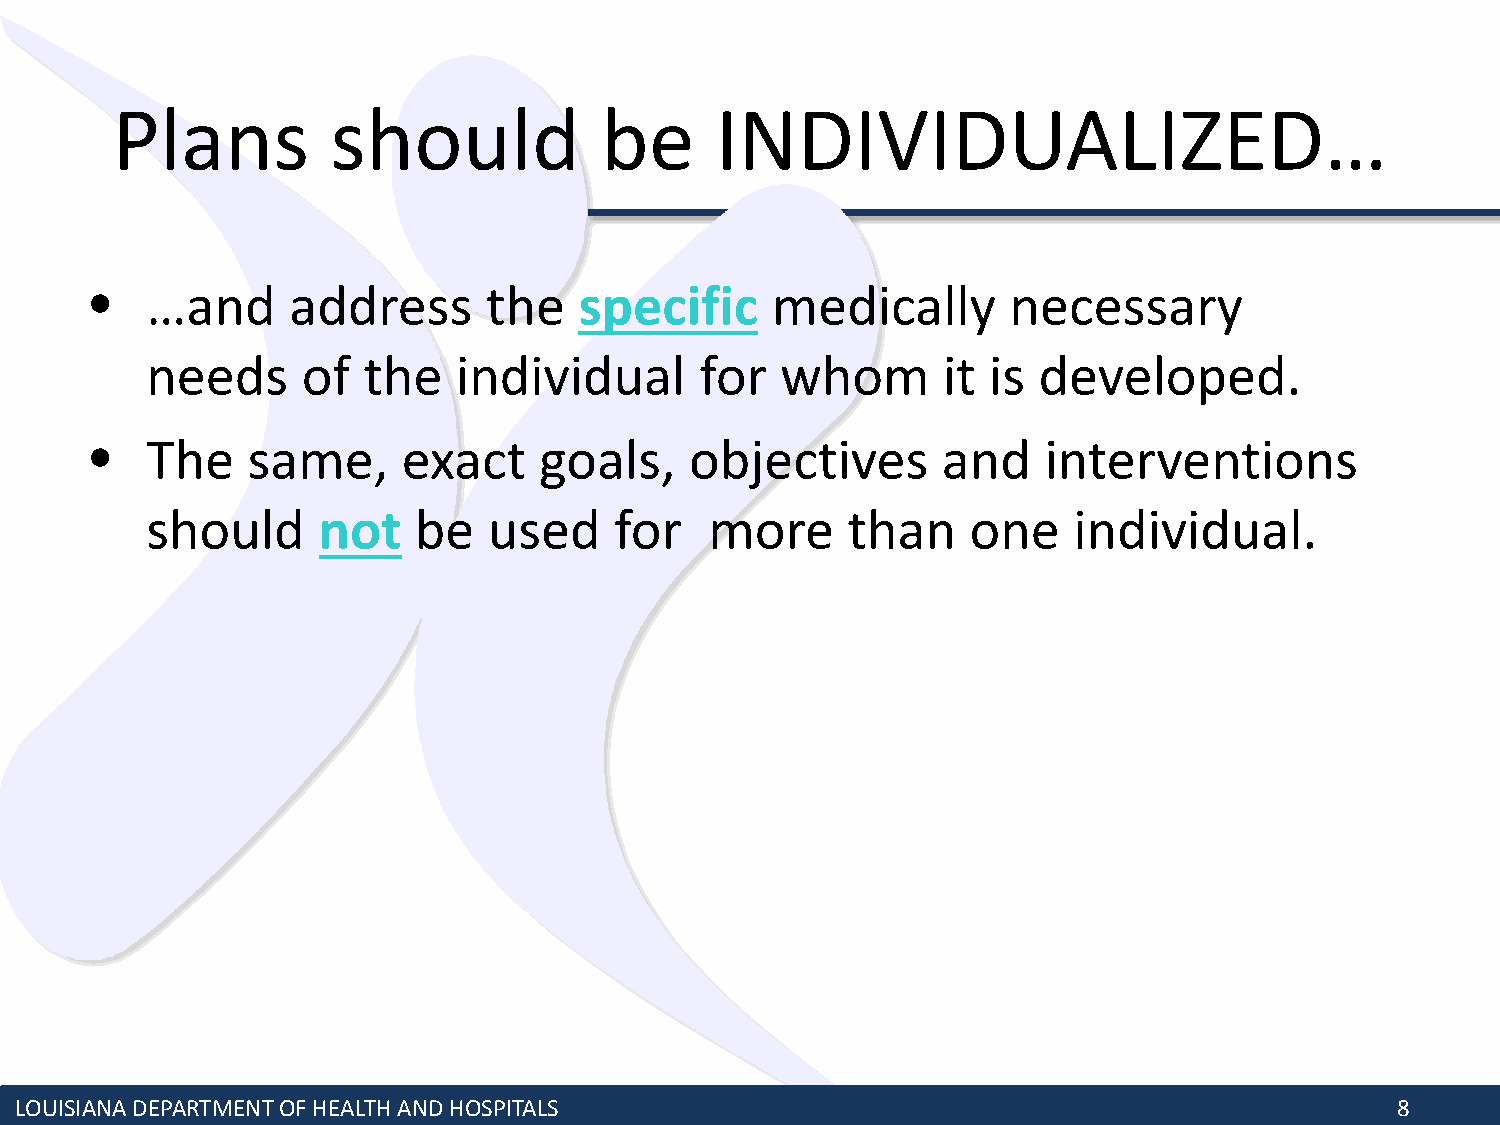
Plans          should            be     INDIVIDUALIZED…
 •   …and     address      the   specific     medically       necessary
 needs     of  the   individual      for   whom      it is  developed.
 •   The   same,      exact    goals,    objectives      and    interventions
 should     not   be   used     for   more     than    one    individual.
 LOUISIANA DEPARTMENT OF HEALTH AND HOSPITALS                                               8